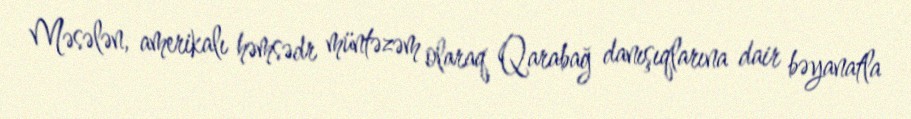
Məsələn, amerikalı həmsədr müntəzəm olaraq Qarabağ danışıqlarına dair bəyanatla